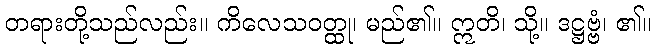
တရားတို့သည်လည်း။ ကိလေသဝတ္ထု၊ မည်၏။ ဣတိ၊ သို့။ ဒဋ္ဌဗ္ဗံ၊ ၏။